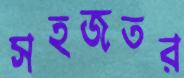
সহজতর